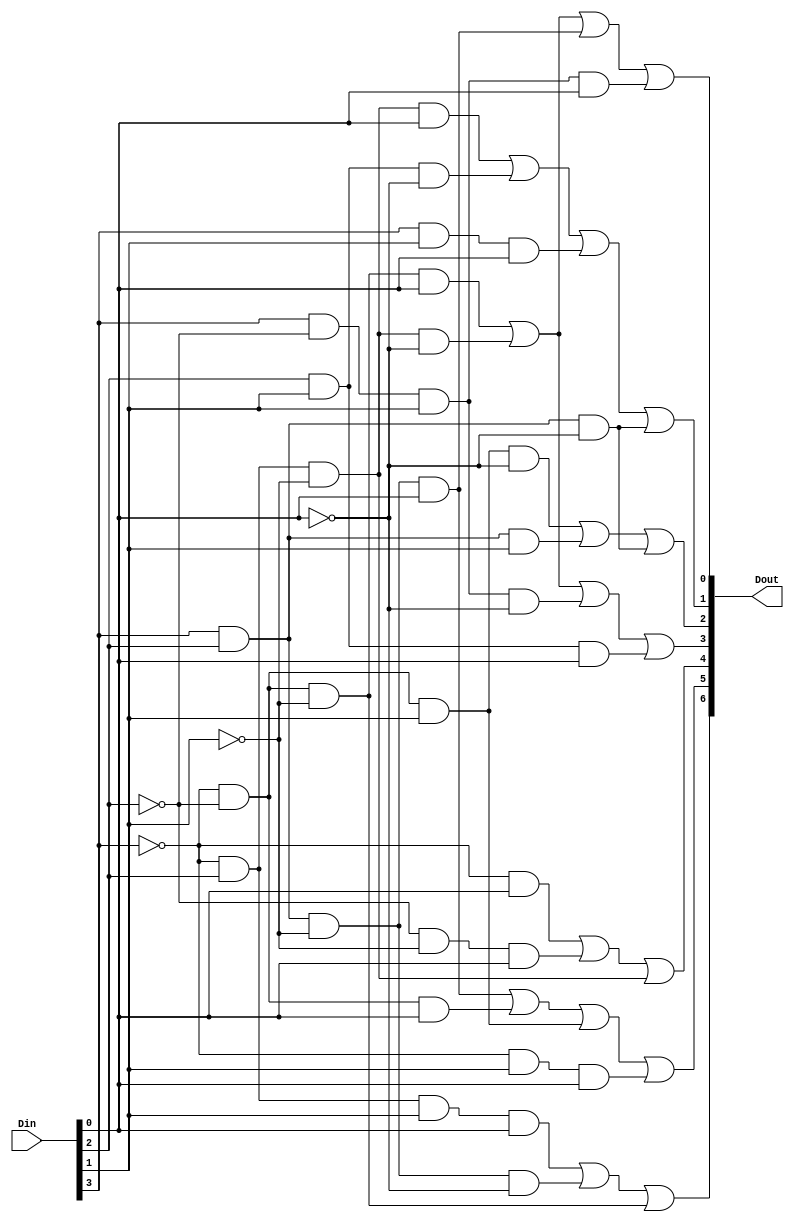
module Seven_Segment(Din,Dout);

input  [3:0] Din;
output [6:0] Dout;

assign Dout[0]=((!Din[3])&(!Din[2])&(!Din[1]) &  Din[0] ) |
               ((!Din[3])&  Din[2] &(!Din[1]) &(!Din[0])) |
               (  Din[3] &  Din[2] &(!Din[1]) &  Din[0] ) |
					(  Din[3] &(!Din[2])&  Din[1]  &  Din[0] ) ;

assign Dout[1]=((!Din[3])&  Din[2] &(!Din[1]) &  Din[0] ) |			
               (            Din[2] &  Din[1]  &(!Din[0])) |
				   (  Din[3]           &  Din[1]  &  Din[0] ) |   	
					(  Din[3] &  Din[2]            &(!Din[0])) ;
					
assign Dout[2]=((!Din[3])&(!Din[2])&  Din[1]  &(!Din[0])) |
					(  Din[3] &  Din[2] &  Din[1]           )  |
					(  Din[3] &  Din[2]            &(!Din[0])) ;

assign Dout[3]=((!Din[3])&(!Din[2])&(!Din[1]) &  Din[0])	 |
			      ((!Din[3])&  Din[2] &(!Din[1]) &(!Din[0])) |
					(  Din[3] &(!Din[2])&  Din[1]  &(!Din[0])) |
					(            Din[2] &  Din[1]  &  Din[0] ) ;
					
assign Dout[4]=((!Din[3])                     &  Din[0])  |
               (          (!Din[2])&(!Din[1]) &  Din[0])  |
					((!Din[3]) & Din[2] &(!Din[1]))            ;

assign Dout[5]=(  Din[3] &  Din[2] &(!Din[1]) &  Din[0])  |
               ((!Din[3])&(!Din[2])           &  Din[0])  |
					((!Din[3])&(!Din[2])&  Din[1]           )  |
					((!Din[3])          &  Din[1]  &  Din[0])	 ;
					
assign Dout[6]=((!Din[3])&  Din[2] &  Din[1]  &  Din[0])  |
               (  Din[3] &  Din[2] &(!Din[1]) &(!Din[0])) |
					((!Din[3])&(!Din[2])&(!Din[1])          )  ;
					
		
					
endmodule